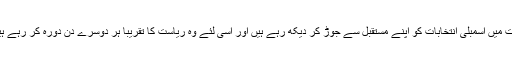
ایسا لگتا ہے کہ وزیر اعظم نریندر مودی ریاست میں اسمبلی انتخابات کو اپنے مستقبل سے جوڑ کر دیکھ رہے ہیں اور اسی لئے وہ ریاست کا تقریبا ہر دوسرے دن دورہ کر رہے ہیں اور انتخابی جلسوں سے خطاب کر رہے ہیں۔